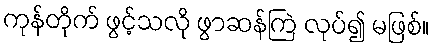
ကုန်တိုက် ဖွင့်သလို ဖွာဆန်ကြဲ လုပ်၍ မဖြစ်။